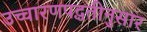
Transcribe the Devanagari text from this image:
उच्चारणपद्धतीनुसार